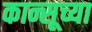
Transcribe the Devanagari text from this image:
कान्सूच्या